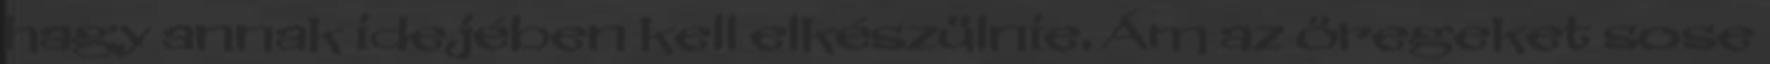
hagy annak idejében kell elkészülnie. Ám az öregeket sose